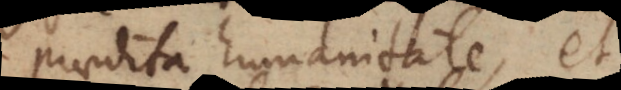
praedita humanitate, et